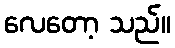
လေတော့ သည်။